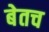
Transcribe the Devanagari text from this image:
बेतच